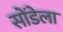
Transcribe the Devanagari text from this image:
सोंडेला